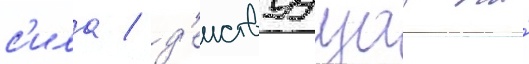
с'ила / д'еиствуущаа на́